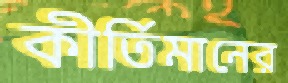
কীর্তিমানের